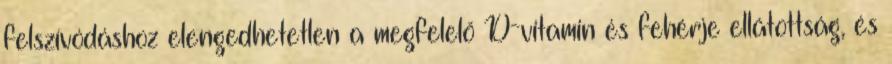
felszívódáshoz elengedhetetlen a megfelelő D-vitamin és fehérje ellátottság, és